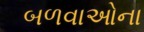
બળવાઓના